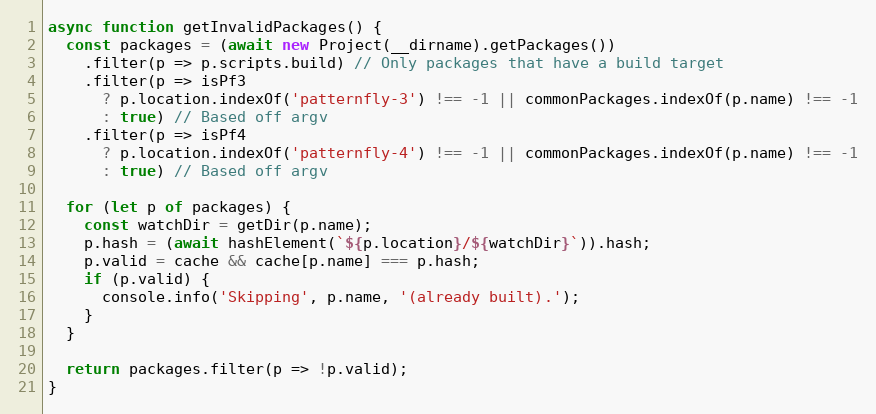
Language: JavaScript
async function getInvalidPackages() {
  const packages = (await new Project(__dirname).getPackages())
    .filter(p => p.scripts.build) // Only packages that have a build target
    .filter(p => isPf3
      ? p.location.indexOf('patternfly-3') !== -1 || commonPackages.indexOf(p.name) !== -1
      : true) // Based off argv
    .filter(p => isPf4
      ? p.location.indexOf('patternfly-4') !== -1 || commonPackages.indexOf(p.name) !== -1
      : true) // Based off argv

  for (let p of packages) {
    const watchDir = getDir(p.name);
    p.hash = (await hashElement(`${p.location}/${watchDir}`)).hash;
    p.valid = cache && cache[p.name] === p.hash;
    if (p.valid) {
      console.info('Skipping', p.name, '(already built).');
    }
  }

  return packages.filter(p => !p.valid);
}